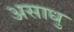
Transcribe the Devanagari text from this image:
असाधु